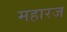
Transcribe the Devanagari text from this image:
महारज